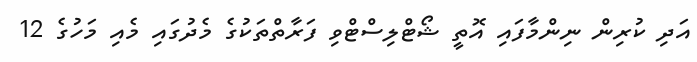
އަދި ކުރިން ނިންމާފައި އޮތީ ޝޯޓްލިސްޓްވި ފަރާތްތަކުގެ މެދުގައި މެއި މަހުގެ 12